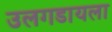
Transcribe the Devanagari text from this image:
उलगडायला